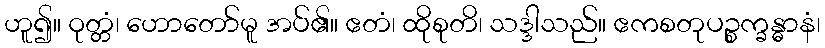
ဟူ၍။ ဝုတ္တံ၊ ဟောတော်မူ အပ်၏။ ဧတံ၊ ထိုစုတိ၊ သဒ္ဒါသည်။ ဧကစတုပဉ္စက္ခန္ဓာနံ၊